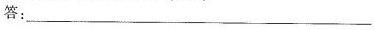
答：___